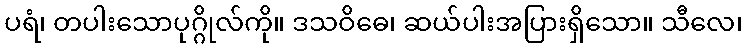
ပရံ၊ တပါးသောပုဂ္ဂိုလ်ကို။ ဒသဝိဓေ၊ ဆယ်ပါးအပြားရှိသော။ သီလေ၊